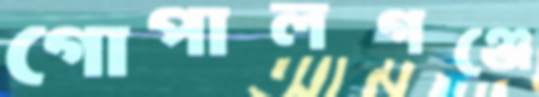
গোপালগঞ্জে